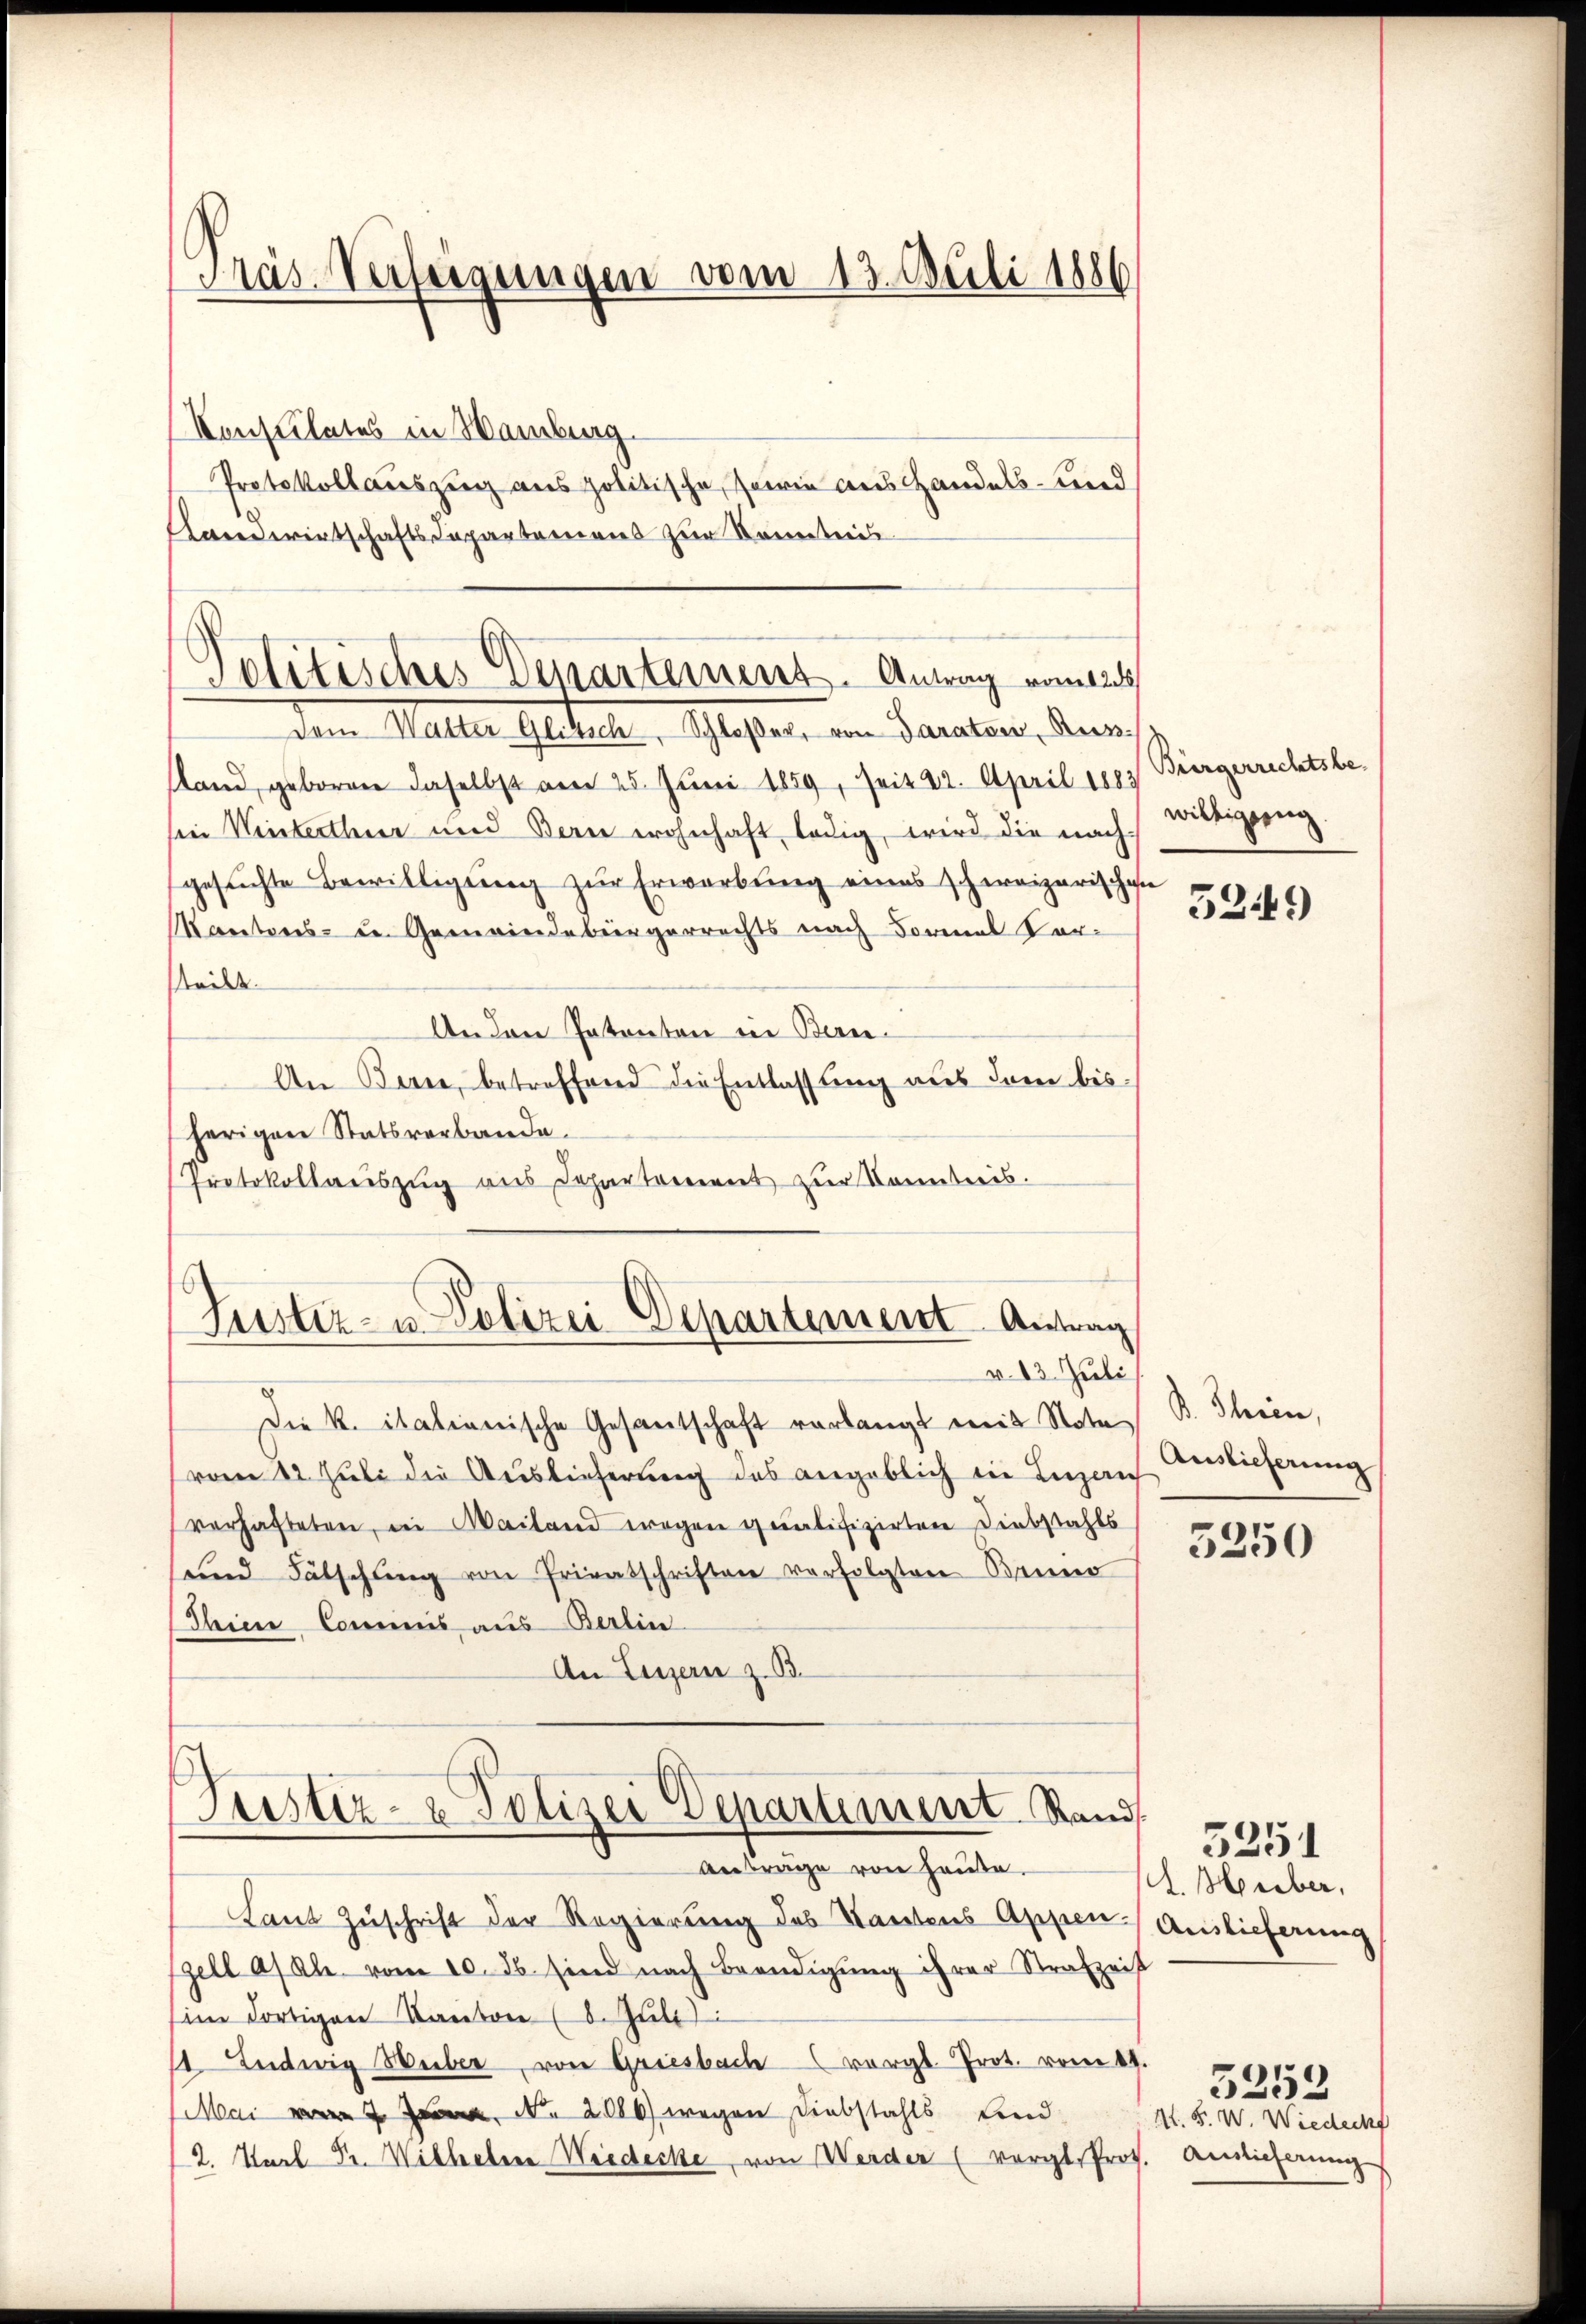
Pas-Verfügungen vom 13. Juli 1886

Konsulates in Hamburg.
Protokollauszug aus politische, sowie aushandels- und
Landwirtschaftsdepartemens zŭr Kenntni

Politisches Departement. Antrag vom 12t

Justiz- u. Polizei-Departement Antrag

dem Maller Gestelle, Schlossen, von Sanaten, un
stand, geboren daselbst am 25. Juni 1859, seit 22. April 1883
sie Winterthur und Bern wohnhaft ledig, wird die nach-
gesuchte Bewilligung zur Erwerbung eines schweizerischen
Mantons- den Gemeindebürgerrechts nach Formal Vor-
tteilt.
Anden Patenten in Bern.
An Bern, betreffend die Entlassung aus dem bisherigen Statsverbande.
Protokollaŭszŭg aŭs Departement zŭr Kenntnis.

Die K. italianische Gesantschaft verlangt mit Nota
vom 12. Juli die Auslieferung des angeblich in Luzern
verhafteten, in Mailand wegen qualifizirten Diebstahls
und Fälschŭng von Privatschriften verfolgten Benner
Thien Commis aus Berlin
An Luzern z. B.

v. 13. Juli

Justiz- & Polizei Departement Stand

Büergerrechtsbe-
willigung.

Anträge von Hause.
Laut Zuschrift der Regierung des Kantons Appen Auslieferung
zell a/Rh. vom 10. ds. sind nach Beendigung ihrer Strafzeit
sim dortigen Kanton (8. Juli
. Ludwig Weiber, von Griesbach vergl. Prot. vom 19.
Mai 7. No. 2086) wegen Diebstahls Lind
2. Karl Fr. Wilheler Wiedecke von Werder (vergl. Prof.

5249

B. Thein,
Auslieferung

5250

I. Heriber,

3251

Mt. F. W. Wiedeck
Auslieferung

)
325.